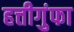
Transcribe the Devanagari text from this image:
हत्तीगुंफा